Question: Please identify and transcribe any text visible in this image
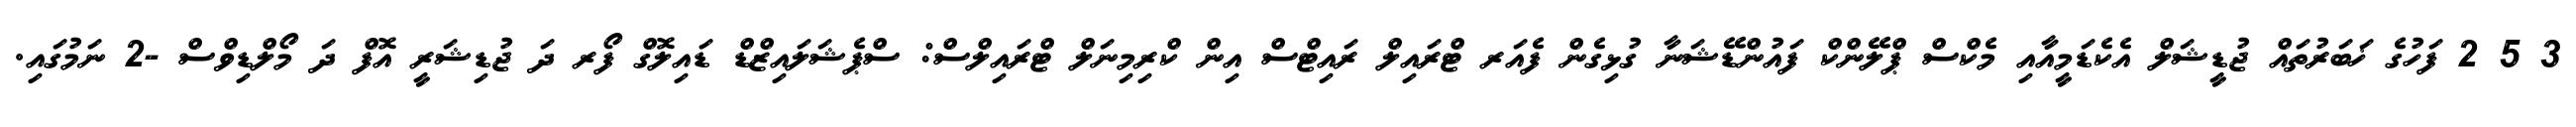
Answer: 3 5 2 ފަހުގެ ޚަބަރުތައް ޖުޑީޝަލް އެކެޑަމީއާއި މެކްސް ޕްލޭންކް ފައުންޑޭޝަނާ ގުޅިގެން ފެއަރ ޓްރައިލް ރައިޓްސް އިން ކްރިމިނަލް ޓްރައިލްސް: ސްޕެޝަލައިޒްޑް ޑައިލޮގް ފޯރ ދަ ޖުޑިޝަރީ އޮފް ދަ މޯލްޑިވްސް -2 ނަމުގައި.